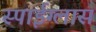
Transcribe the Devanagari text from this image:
स्पाईग्लास